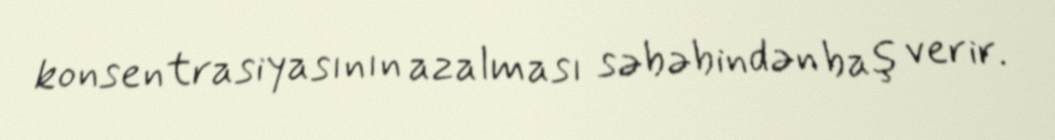
konsentrasiyasının azalması səbəbindən baş verir.